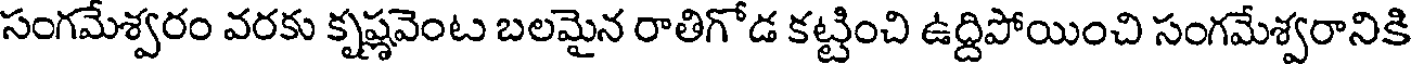
సంగమేశ్వరం వరకు కృష్ణవెంట బలమైన రాతిగోడ కట్టించి ఉద్దిపోయించి సంగమేశ్వరానికి